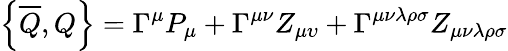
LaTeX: \left\{ \overline{{{Q}}},Q\right\} =\Gamma^{\mu}P_{\mu}+\Gamma^{\mu\nu}Z_{\mu\upsilon}+\Gamma^{\mu\nu\lambda\rho\sigma}Z_{\mu\nu\lambda\rho\sigma}